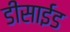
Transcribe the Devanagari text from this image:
डीसाईड